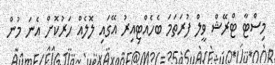
މިސްޓާ ޓްރޭޝް ވީލް ފުރަތަމަ ބެހެއްޓިއިރު އޭގައި ލޮލެއް ހަރުކޮށް އެނަ މުން